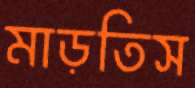
মাড়তিস